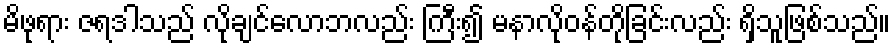
မိဖုရား ဇရဒါသည် လိုချင်လောဘလည်း ကြီး၍ မနာလိုဝန်တိုခြင်းလည်း ရှိသူဖြစ်သည်။